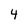
Character: 4